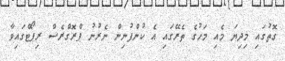
ގޮތުގައި މިދިޔަ މެއި މަހުގެ ތެރޭގައި އެ ކުންފުނިން ނެރުނު ޕްރޮގްރެސް ރިޕޯޓްގައިވާ